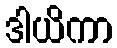
ဒါယိကာ